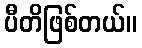
ပီတိဖြစ်တယ်။